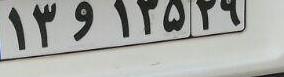
۱۳و۱۳۵۲۹